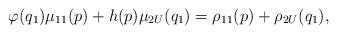
LaTeX: \begin{align*}\varphi(q_1)\mu_{11}(p)+h(p)\mu_{2U}(q_1)=\rho_{11}(p)+\rho_{2U}(q_1), \end{align*}